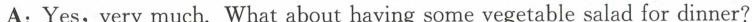
A:Yes,very much.What about having some vegetable salad for dinner?